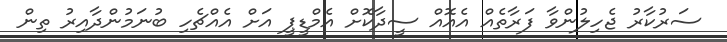
ސަރުކާރު ޖެހިލުންވާ ފަރާތެއް އެއޮއް ސީދާކޮށް އެމްޑީޕީ އަށް އެއްޗެހި ބުނަމުންދާއިރު ތިން